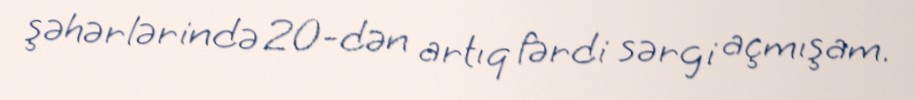
şəhərlərində 20-dən artıq fərdi sərgi açmışam.